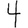
Digit: 4